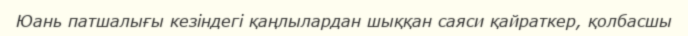
Юань патшалығы кезіндегі қаңлылардан шыққан саяси қайраткер, қолбасшы